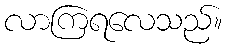
လာကြရလေသည်။